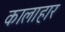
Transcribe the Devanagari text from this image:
कालाहार